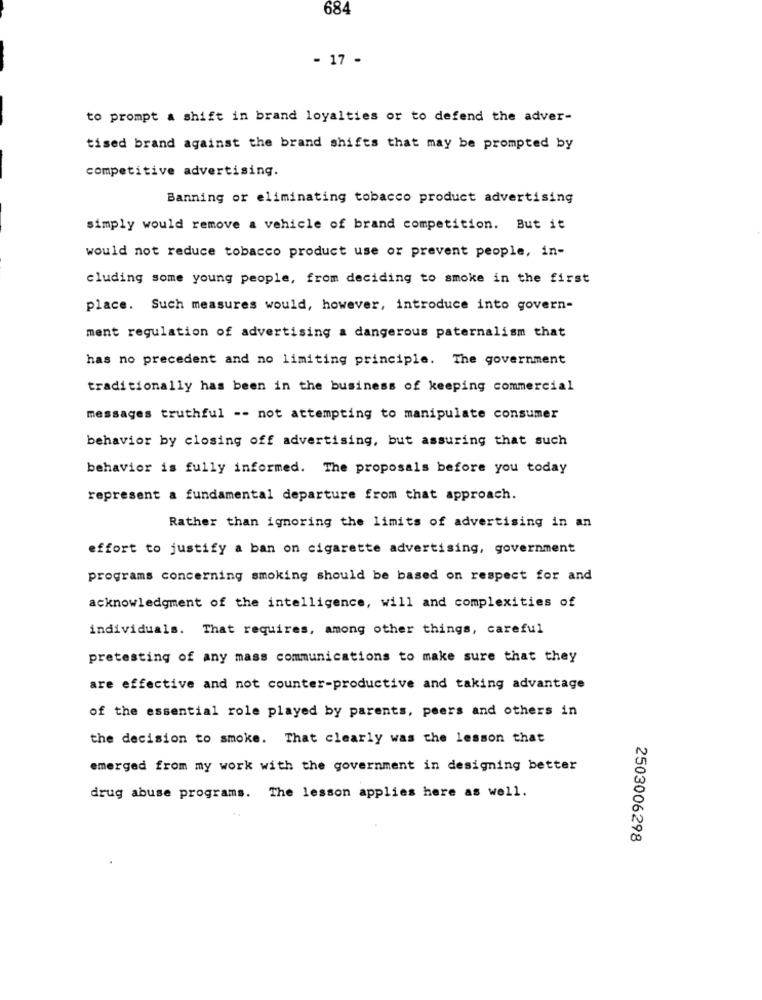
684
- 17 -
to prompt a shift in brand loyalties or to defend the adver-
tised brand against the brand shifts that may be prompted by
competitive advertising.
Banning or eliminating tobacco product advertising
simply would remove a vehicle of brand competition. But it
would not reduce tobacco product use or prevent people, in-
cluding some young people, from deciding to smoke in the first
place. Such measures would, however, introduce into govern-
ment regulation of advertising a dangerous paternalism that
has no precedent and no limiting principle. The government
traditionally has been in the business of keeping commercial
messages truthful -- not attempting to manipulate consumer
behavior by closing off advertising, but assuring that such
behavior is fully informed. The proposals before you today
represent a fundamental departure from that approach.
Rather than ignoring the limits of advertising in an
effort to justify a ban on cigarette advertising, government
programs concerning smoking should be based on respect for and
acknowledgment of the intelligence, will and complexities of
individuals. That requires, among other things, careful
pretesting of any mass communications to make sure that they
are effective and not counter-productive and taking advantage
of the essential role played by parents, peers and others in
the decision to smoke. That clearly was the lesson that
emerged from my work with the government in designing better
drug abuse programs. The lesson applies here as well.
2503006298